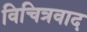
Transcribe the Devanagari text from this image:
विचित्रवाद